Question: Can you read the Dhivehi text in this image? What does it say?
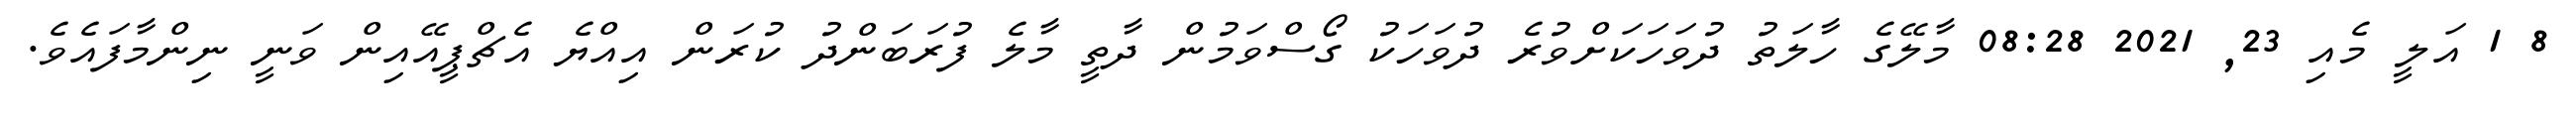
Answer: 8 1 އަލީ މެއި 23, 2021 08:28 މާލޭގެ ހާލަތު ދުވަހަކަށްވުރެ ދުވަހަކު ގޯސްވަމުން ދާތީ މާލެ ފުރަބަންދު ކުރަން އިއްޔެ އެޗްޕީއޭއިން ވަނީ ނިންމާފައެވެ.